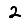
Digit: 2